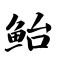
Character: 鲐